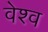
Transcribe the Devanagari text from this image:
वेश्व